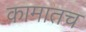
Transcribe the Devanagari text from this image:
कामातच